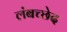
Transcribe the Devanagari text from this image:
लंबच्छेद